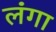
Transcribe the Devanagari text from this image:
लंगा